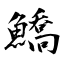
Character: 鱎